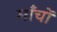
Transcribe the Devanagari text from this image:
माँचों